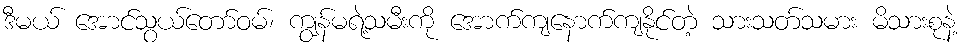
ဒီမယ် အောင်သွယ်တော်ဝမ်၊ ကျွန်မရဲ့သမီးကို အောက်ကျနောက်ကျနိုင်တဲ့ သားသတ်သမား မိသားစုနဲ့